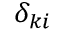
\delta _ { k i }